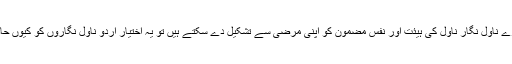
اگر دنیا کے دوسرے ناول نگار ناول کی ہیئت اور نفسِ مضمون کو اپنی مرضی سے تشکیل دے سکتے ہیں تو یہ اختیار اردو ناول نگاروں کو کیوں حاصل نہیں ہو سکتا؟